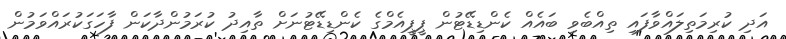
އަދި ކުރިމަތިލައްވާފައި ތިއްބެވި ބައެއް ކެންޑިޑޭޓުން ޕީޕީއެމްގެ ކެންޑިޑޭޓުނަށް ތާއިދު ކުރަމުންދާކަން ފާހަގަކުރައްވަމުން